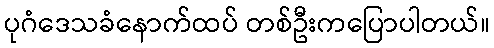
ပုဂံဒေသခံနောက်ထပ် တစ်ဦးကပြောပါတယ်။